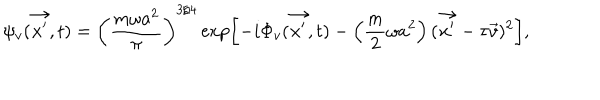
\psi _ { v } ( \vec { x ^ { \prime } } , t ) = \left( \frac { m \omega a ^ { 2 } } { \pi } \right) ^ { 3 / 4 } \exp \left[ - i \Phi _ { v } ( \vec { x ^ { \prime } } , t ) - \left( \frac { m } { 2 } \omega a ^ { 2 } \right) ( \vec { x ^ { \prime } } - \tau \vec { v } ) ^ { 2 } \right] ,